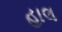
હાલ